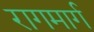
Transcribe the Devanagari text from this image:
रागमार्ग